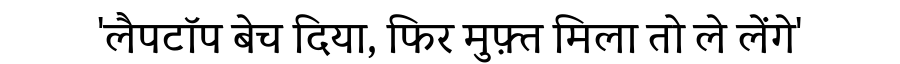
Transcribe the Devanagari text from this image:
'लैपटॉप बेच दिया, फिर मुफ़्त मिला तो ले लेंगे'